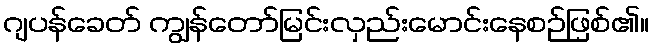
ဂျပန်ခေတ် ကျွန်တော်မြင်းလှည်းမောင်းနေစဉ်ဖြစ်၏။